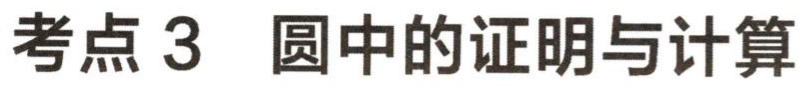
考点 3 圆中的证明与计算